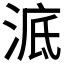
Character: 𣷳